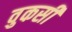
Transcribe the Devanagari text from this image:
वुकसी